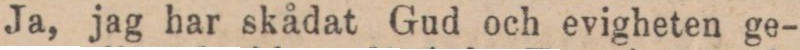
Ja, jag har skådat Gud och evigheten ge-